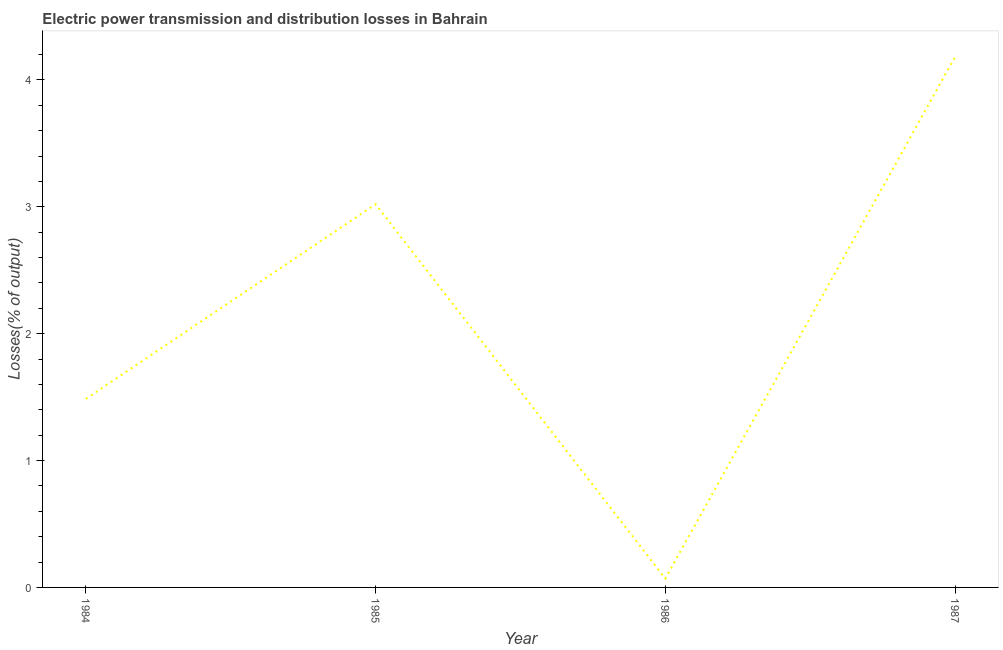
| Year | Electric power transmission and distribution losses |
 | --- | --- |
 | 1984 | 1.49 |
 | 1985 | 3.02 |
 | 1986 | 0.0701 |
 | 1987 | 4.18 |